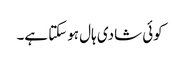
کوئی شادی ہال ہوسکتا ہے۔